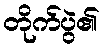
တိုက်ပွဲ၏